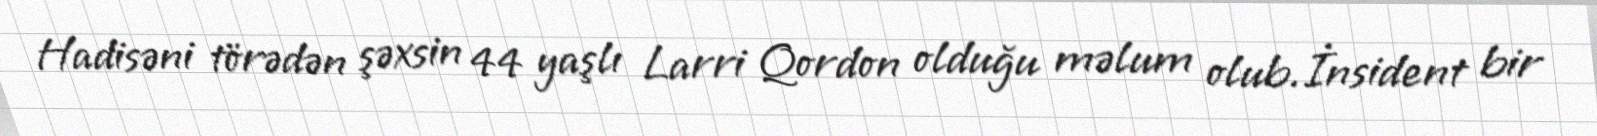
Hadisəni törədən şəxsin 44 yaşlı Larri Qordon olduğu məlum olub.İnsident bir